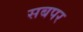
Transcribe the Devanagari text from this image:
सबपर